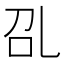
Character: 𰀻